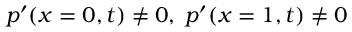
p ^ { \prime } ( x = 0 , t ) \neq 0 , \; p ^ { \prime } ( x = 1 , t ) \neq 0